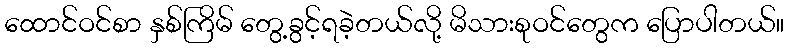
ထောင်ဝင်စာ နှစ်ကြိမ် တွေ့ခွင့်ရခဲ့တယ်လို့ မိသားစုဝင်တွေက ပြောပါတယ်။